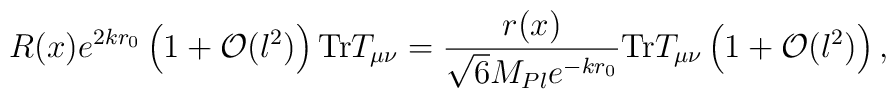
R(x) e^{2k r_0} \left(1+ {\cal O}(l^2)\right)\hbox{Tr}T_{\mu \nu} = \frac{r(x)}{\sqrt{6} M_{Pl} e^{-kr_0}} \hbox{Tr}T_{\mu \nu}\left(1+ {\cal O}(l^2)\right),